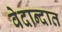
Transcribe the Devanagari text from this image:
वेदान्दात